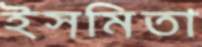
ইসমিতা